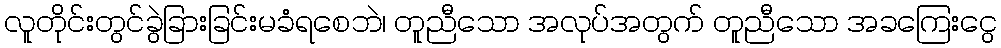
လူတိုင်းတွင်ခွဲခြားခြင်းမခံရစေဘဲ၊ တူညီသော အလုပ်အတွက် တူညီသော အခကြေးငွေ